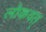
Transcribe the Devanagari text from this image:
लोकवत्